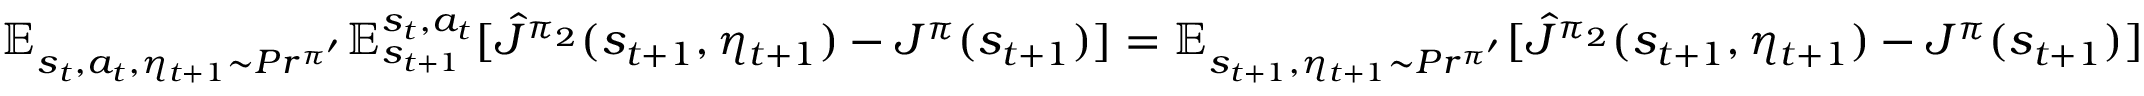
\mathbb { E } _ { s _ { t } , a _ { t } , \eta _ { t + 1 } \sim P r ^ { \pi ^ { \prime } } } \mathbb { E } _ { s _ { t + 1 } } ^ { s _ { t } , a _ { t } } [ \hat { J } ^ { \pi _ { 2 } } ( s _ { t + 1 } , \eta _ { t + 1 } ) - J ^ { \pi } ( s _ { t + 1 } ) ] = \mathbb { E } _ { s _ { t + 1 } , \eta _ { t + 1 } \sim P r ^ { \pi ^ { \prime } } } [ \hat { J } ^ { \pi _ { 2 } } ( s _ { t + 1 } , \eta _ { t + 1 } ) - J ^ { \pi } ( s _ { t + 1 } ) ]